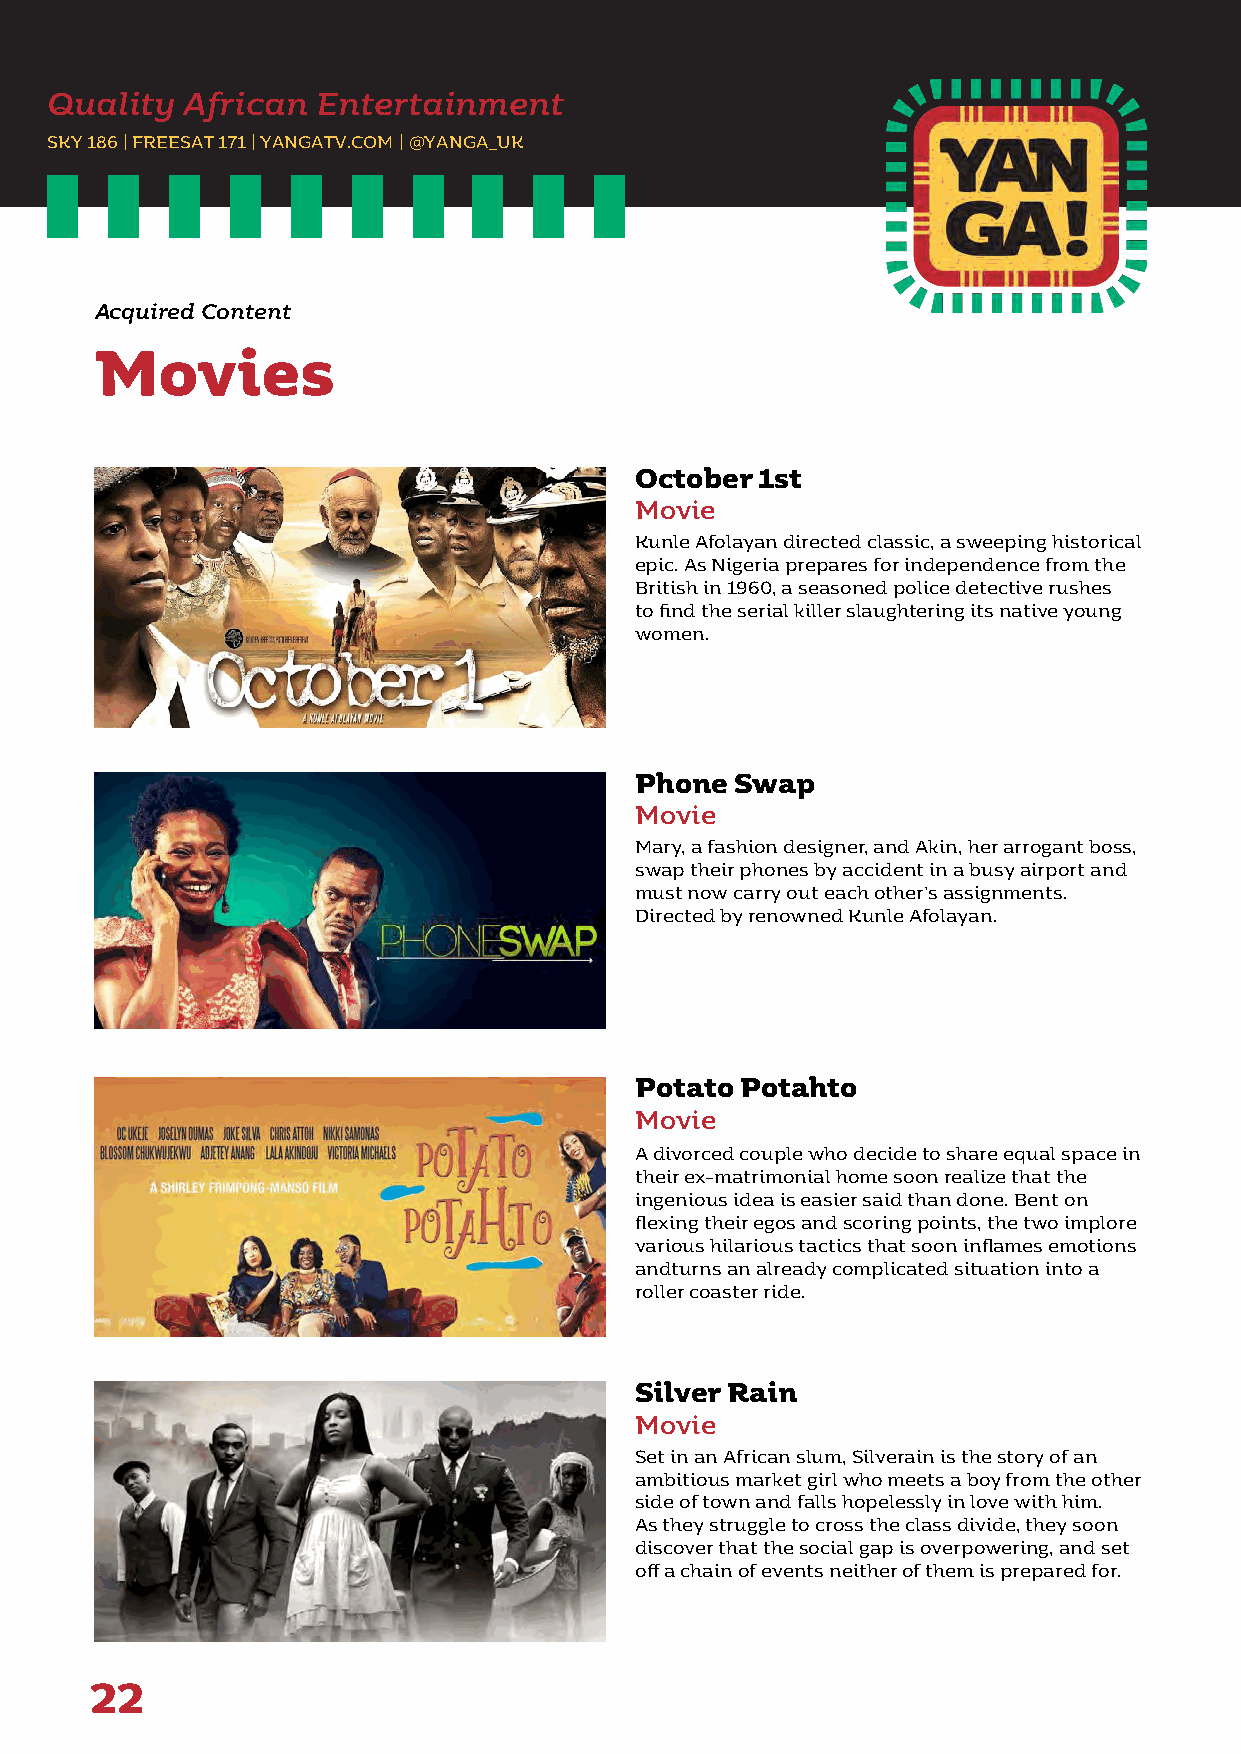
Quality  African  Entertainment
 SKY 186 | FREESAT 171 | YANGATV.COM | @YANGA_UK
 Acquired Content
 Movies
 October 1st
 Movie
 Kunle Afolayan directed classic, a sweeping historical
 epic. As Nigeria prepares for independence from the
 British in 1960, a seasoned police detective rushes
 to find the serial killer slaughtering its native young
 women.
 Phone  Swap
 Movie
 Mary, a fashion designer, and Akin, her arrogant boss,
 swap their phones by accident in a busy airport and
 must now carry out each other’s assignments.
 Directed by renowned Kunle Afolayan.
 Potato Potahto
 Movie
 A divorced couple who decide to share equal space in
 their ex-matrimonial home soon realize that the
 ingenious idea is easier said than done. Bent on
 flexing their egos and scoring points, the two implore
 various hilarious tactics that soon inflames emotions
 andturns an already complicated situation into a
 roller coaster ride.
 Silver Rain
 Movie
 Set in an African slum, Silverain is the story of an
 ambitious market girl who meets a boy from the other
 side of town and falls hopelessly in love with him.
 As they struggle to cross the class divide, they soon
 discover that the social gap is overpowering, and set
 off a chain of events neither of them is prepared for.
 22